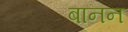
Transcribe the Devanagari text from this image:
बानन